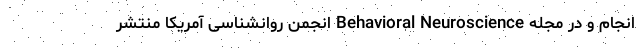
انجام و در مجله Behavioral Neuroscience انجمن روانشناسی آمریکا منتشر